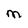
Character: M